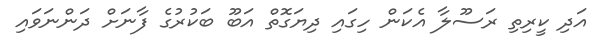
އަދި ކީރިތި ރަސޫލާ އެކަން ހިގައި ދިޔަގޮތް އަބޫ ބަކުރުގެ ފާނަށް ދަންނަވައި